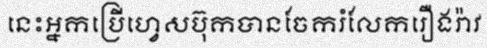
នេះអ្នកប្រើហ្វេសប៊ុកបានចែករំលែករឿងរ៉ាវ